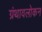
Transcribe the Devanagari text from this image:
ग्रंथावलोकन